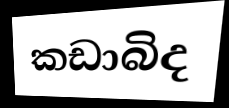
කඩාබිද